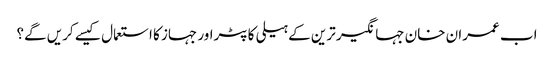
اب عمران خان جہانگیر ترین کے ہیلی کاپٹراور جہاز کا استعمال کیسے کریں گے؟